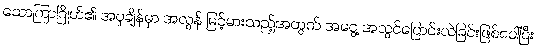
သောကြာဂြိုဟ်၏ အပူချိန်မှာ အလွန် မြင့်မားသည့်အတွက် အငွေ့ အသွင်ပြောင်းလဲခြင်းဖြစ်ပေါ်ပြီး